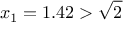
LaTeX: x _ { 1 } = 1 . 4 2 > { \sqrt { 2 } }